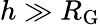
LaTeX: h\gg R_{\mathrm{G}}